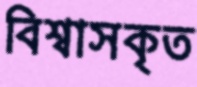
বিশ্বাসকৃত